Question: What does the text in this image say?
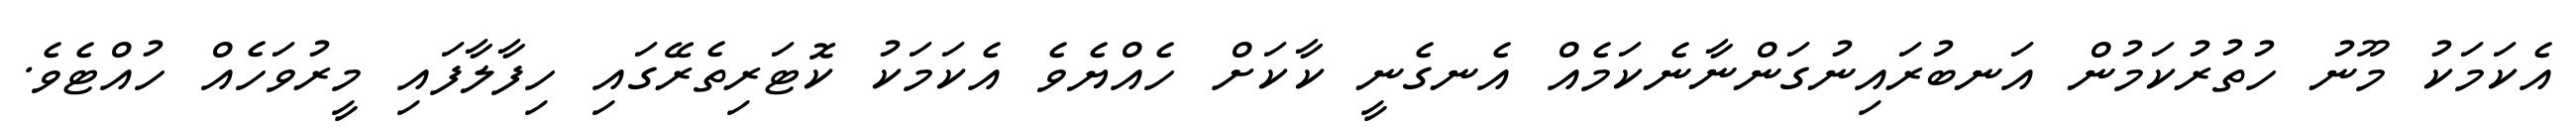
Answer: އެކަމަކު މޫނު ހުތުރުކަމުން އަނބުރައިނުގަންނާނެކަމެއް އެނގެނީ ކާކަށް ހެއްޔެވެ އެކަމަކު ކޮޓަރިތެރޭގައި ހިފާލާފައި މީރުވަހެއް ހުއްޓެވެ.